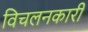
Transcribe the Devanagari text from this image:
विचलनकारी